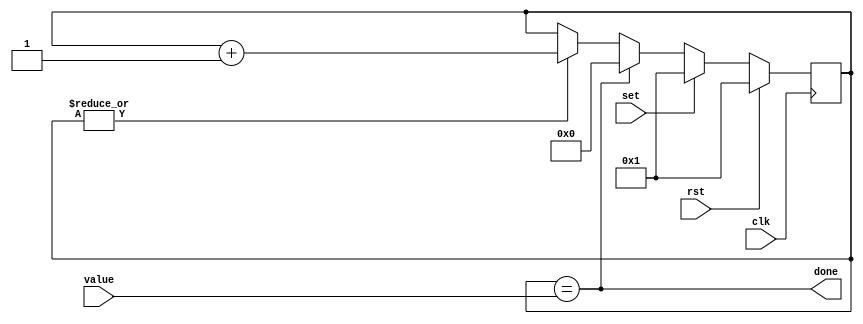
module delay_control(
	input 				clk,
	input 				rst,
	input [16:0]		value,
	input 				set,
	
	output				done
);

reg  [16:0]	cntr;


always @(posedge clk) 
	if (rst) begin
		cntr <= 17'b1;
	end
	else begin
		if (set)
			cntr <= 'b1;
		else if (cntr == value) 
			cntr <= 'b0;
		else if (|cntr)				// keep counting if we already counted
			cntr <= cntr + 'b1;		
	end	
	
assign done = (cntr == value);      // pulse - stop counting when reaching the value

endmodule